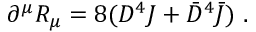
\partial ^ { \mu } { \cal R } _ { \mu } = 8 ( D ^ { 4 } { \cal J } + { \bar { D } } ^ { 4 } { \bar { \cal J } } ) \ .